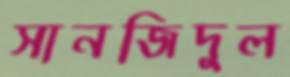
সানজিদুল